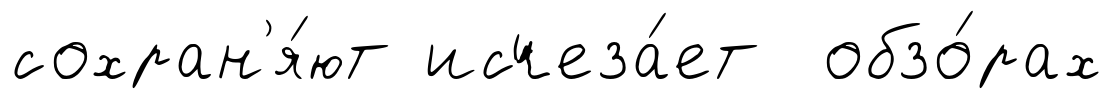
сохран'я́ют исчеза́ет обзо́рах